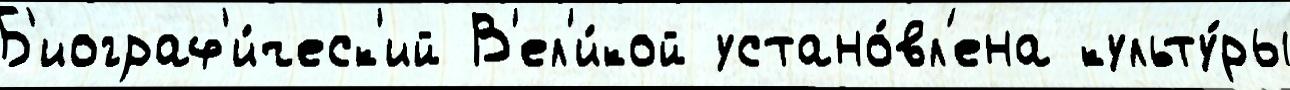
Б'иограф'и́ческ'ий В'ел'и́кой устано́вл'ена культу́ры